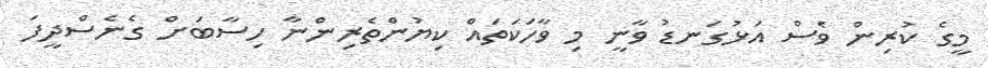
މީގެ ކުރިން ވެސް އަޅުގަނޑު ވާނީ މި ވާހަކަތައް ކިޔުންތެރިންނާ ހިސާބަށް ގެނެސްދީފަ